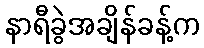
နာရီခွဲအချိန်ခန့်က